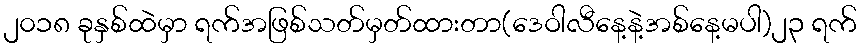
၂၀၁၈ ခုနှစ်ထဲမှာ ရက်အဖြစ်သတ်မှတ်ထားတာ(ဒေဝါလီနေ့နဲ့အစ်နေ့မပါ)၂၃ ရက်